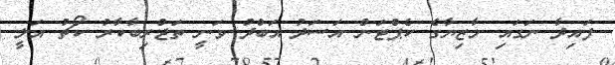
ފައިދާ ނަގައި މާޒިޔާގެ ކެޕްޓަން އަސަދު އަބްދު ވަނީ ތަޖްރިބާކާރު ކޯޗު އަލީ